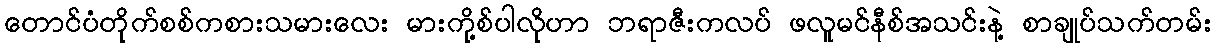
တောင်ပံတိုက်စစ်ကစားသမားလေး မားကို့စ်ပါလိုဟာ ဘရာဇီးကလပ် ဖလူမင်နီစ်အသင်းနဲ့ စာချုပ်သက်တမ်း